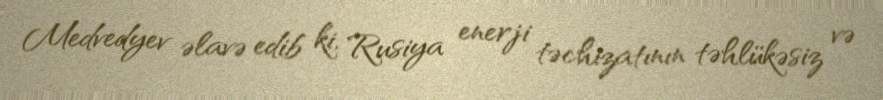
Medvedyev əlavə edib ki, Rusiya enerji təchizatının təhlükəsiz və